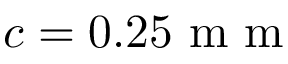
c = 0 . 2 5 \mathrm { ~ m ~ m ~ }